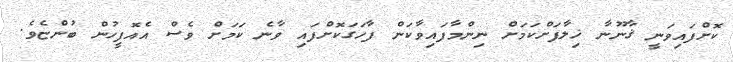
ކޮށްފައިވަނީ ޤާނޫނާ ޚިލާފަށްކަމަށް ނިންމާފައިވާކަން ފާހަގަކޮށްފައި ވާނެ ކަމަށް ވެސް އެއޮފީހުން ބުންޏެވެ.